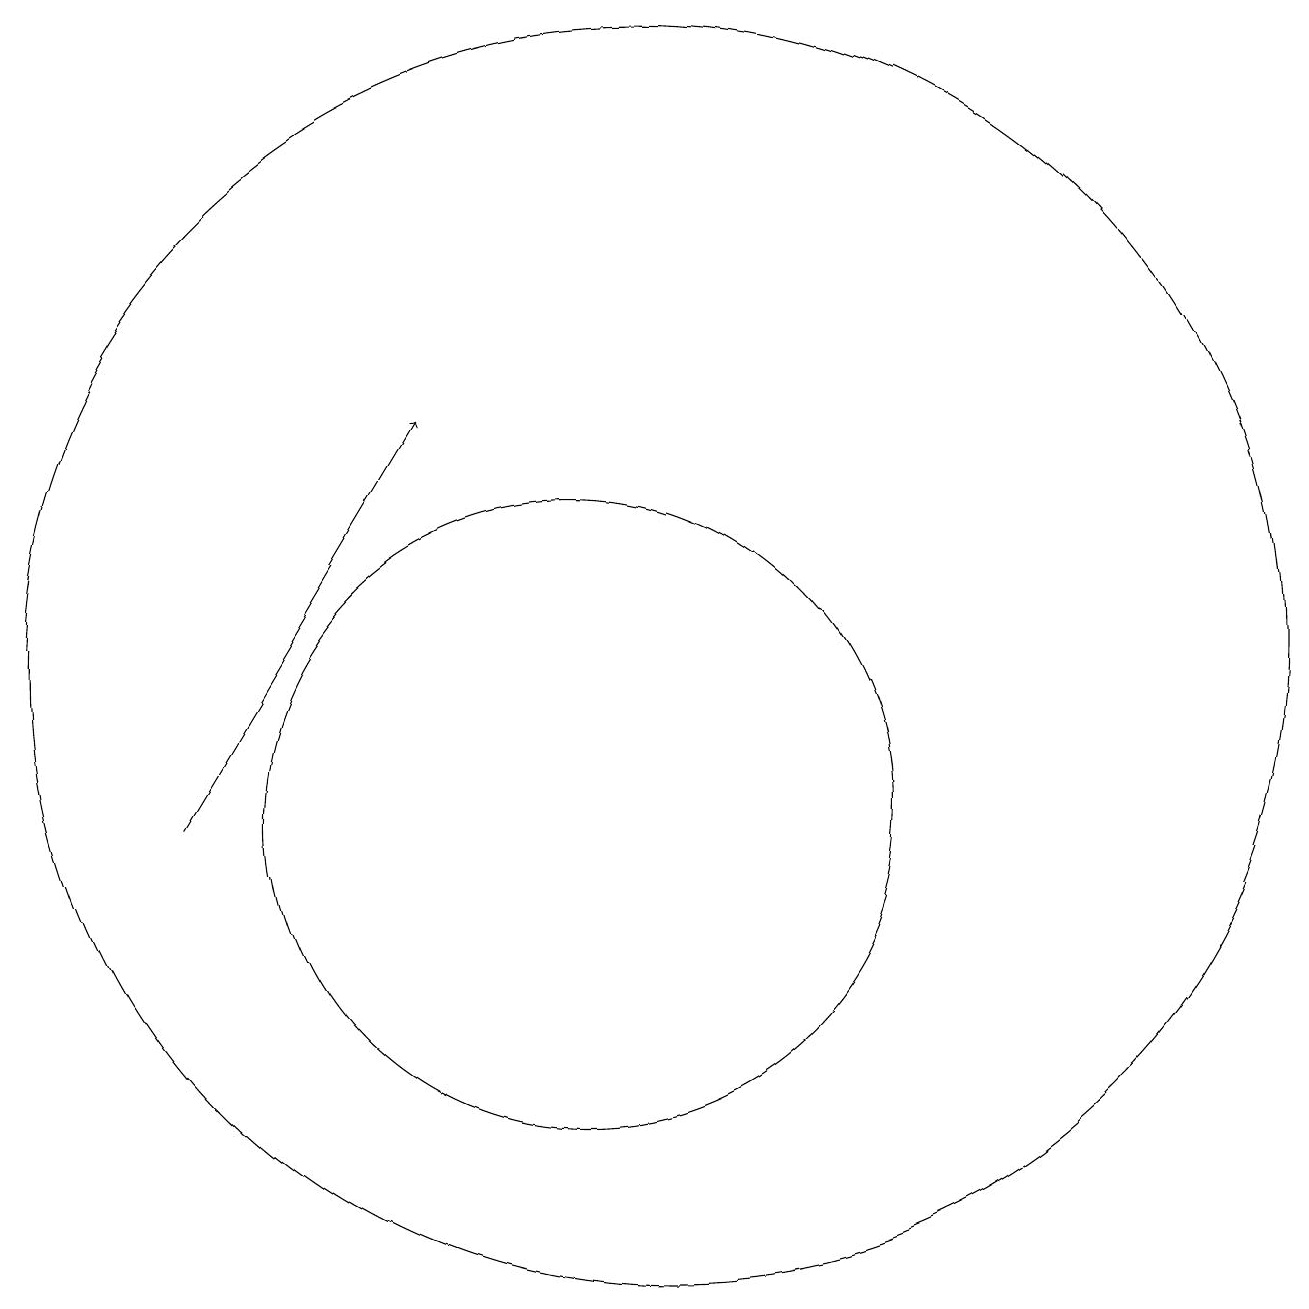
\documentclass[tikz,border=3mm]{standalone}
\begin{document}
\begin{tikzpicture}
\draw[->] (5,10) -- (8,15);
\draw (11,12) circle (8);
\draw (10,10) circle (4);
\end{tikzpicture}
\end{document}